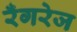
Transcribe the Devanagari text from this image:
रँगरेज